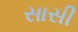
સાસી